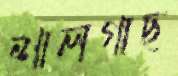
শালগাছ